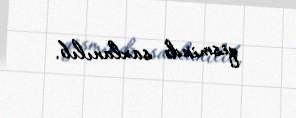
qismində saxlanılıb.